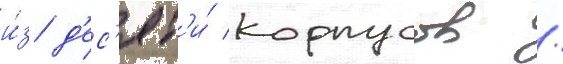
и́з д'ес'ят'и́ корпусов /